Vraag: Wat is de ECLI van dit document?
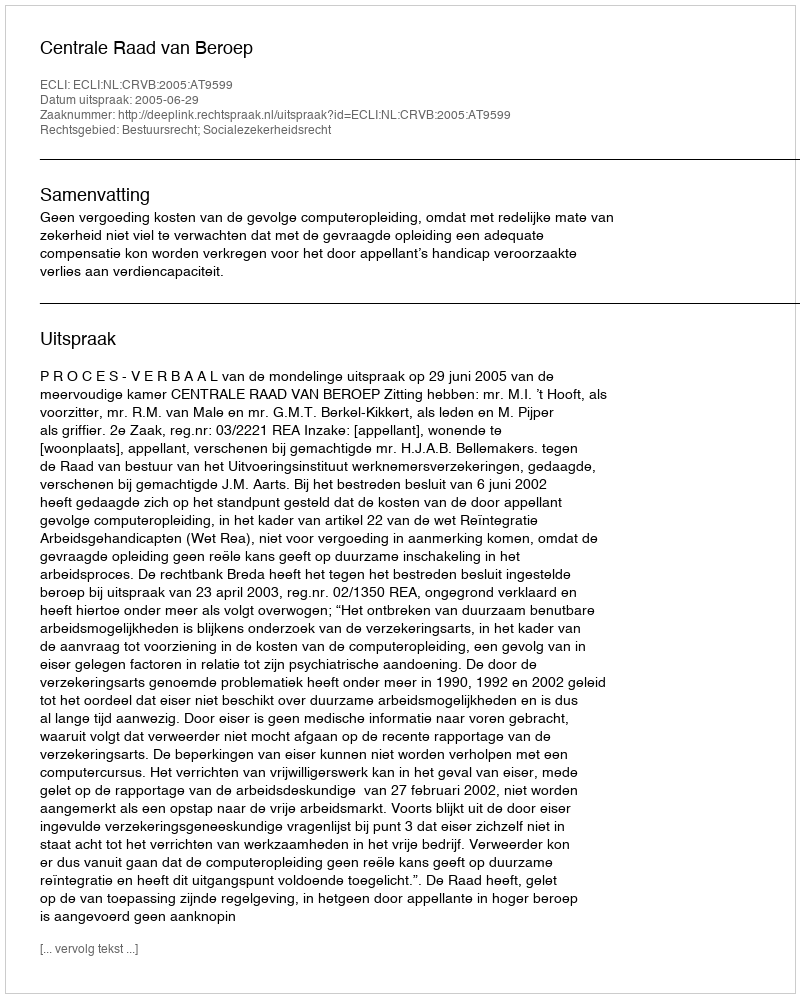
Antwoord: ECLI:NL:CRVB:2005:AT9599